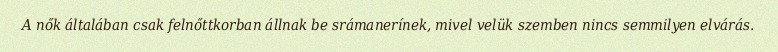
A nők általában csak felnőttkorban állnak be srámanerínek, mivel velük szemben nincs semmilyen elvárás.